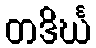
တဒိင်္ဃ